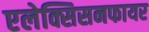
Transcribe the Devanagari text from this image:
एलेक्सिसनफायर